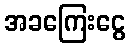
အခကြေးငွေ